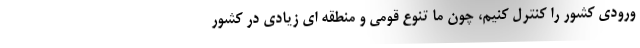
ورودی کشور را کنترل کنیم، چون ما تنوع قومی و منطقه ای زیادی در کشور